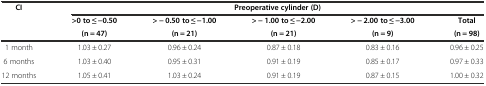
<table><thead><tr><td rowspan="3"><b>CI</b></td><td colspan="5"><b>Preoperative cylinder (D)</b></td></tr><tr><td><b>&gt;0 to ≤ -0.50</b></td><td><b>&gt; - 0.50 to ≤ -1.00</b></td><td><b>&gt; - 1.00 to ≤ -2.00</b></td><td><b>&gt; - 2.00 to ≤ -3.00</b></td><td><b>Total</b></td></tr><tr><td><b>(n = 47)</b></td><td><b>(n = 21)</b></td><td><b>(n = 21)</b></td><td><b>(n = 9)</b></td><td><b>(n = 98)</b></td></tr></thead><tbody><tr><td>1 month</td><td>1.03 ± 0.27</td><td>0.96 ± 0.24</td><td>0.87 ± 0.18</td><td>0.83 ± 0.16</td><td>0.96 ± 0.25</td></tr><tr><td>6 months</td><td>1.03 ± 0.40</td><td>0.95 ± 0.31</td><td>0.91 ± 0.19</td><td>0.85 ± 0.17</td><td>0.97 ± 0.33</td></tr><tr><td>12 months</td><td>1.05 ± 0.41</td><td>1.03 ± 0.24</td><td>0.91 ± 0.19</td><td>0.87 ± 0.15</td><td>1.00 ± 0.32</td></tr></tbody></table>